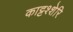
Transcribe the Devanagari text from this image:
काट्टश्शेरि